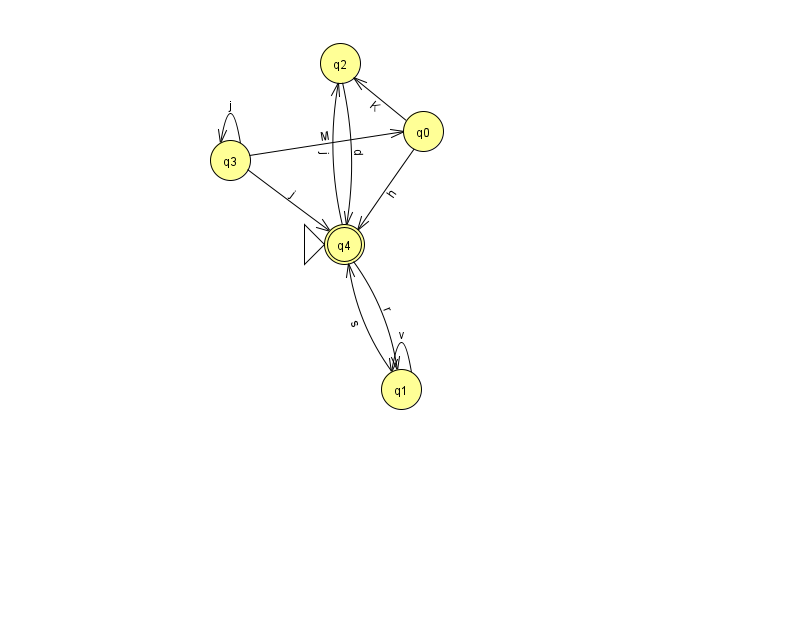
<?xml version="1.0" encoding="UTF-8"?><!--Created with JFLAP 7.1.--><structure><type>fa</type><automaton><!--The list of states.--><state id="0" name="q0"><x>423.0</x><y>118.0</y></state><state id="1" name="q1"><x>401.0</x><y>376.0</y></state><state id="2" name="q2"><x>340.0</x><y>50.0</y></state><state id="3" name="q3"><x>230.0</x><y>147.0</y></state><state id="4" name="q4"><x>344.0</x><y>231.0</y><initial/><final/></state><!--The list of transitions.--><transition><from>4</from><to>1</to><read>r</read></transition><transition><from>1</from><to>4</to><read>s</read></transition><transition><from>1</from><to>1</to><read>v</read></transition><transition><from>2</from><to>4</to><read>d</read></transition><transition><from>4</from><to>2</to><read>j</read></transition><transition><from>3</from><to>3</to><read>j</read></transition><transition><from>0</from><to>2</to><read>K</read></transition><transition><from>0</from><to>4</to><read>h</read></transition><transition><from>3</from><to>0</to><read>M</read></transition><transition><from>3</from><to>4</to><read>j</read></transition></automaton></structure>